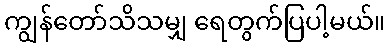
ကျွန်တော်သိသမျှ ရေတွက်ပြပါ့မယ်။